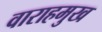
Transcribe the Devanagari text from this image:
वाराहमुख